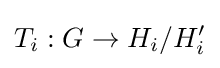
T_{i}:G\to H_{i}/H_{i}'